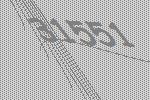
31551